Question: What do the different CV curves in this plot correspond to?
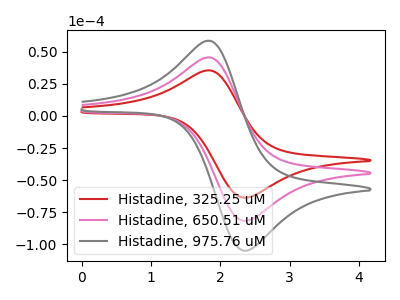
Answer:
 <answer>The red curve is labeled "Histadine, 325.25 uM". The pink curve is labeled "Histadine, 650.51 uM". The gray curve is labeled "Histadine, 975.76 uM".</answer>
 <eval></eval>